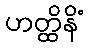
ဟတ္ထိနိံ